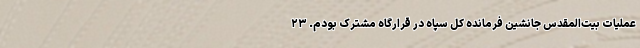
عملیات بیت‌المقدس جانشین فرمانده کل سپاه در قرارگاه مشترک بودم. ۲۳